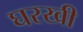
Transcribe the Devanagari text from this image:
घरखी